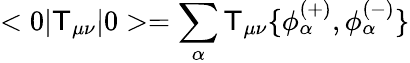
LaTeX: <0|\mathsf{T}_{\mu\nu}|0>=\sum_{\alpha}\mathsf{T}_{\mu\nu}\{ \phi_{\alpha}^{(+)},\phi_{\alpha}^{(-)}\}